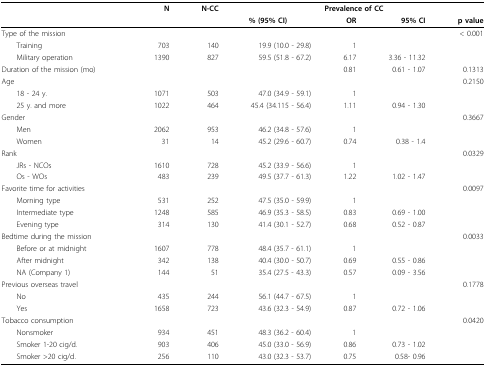
<table><thead><tr><td></td><td><b>N</b></td><td><b>N-CC</b></td><td colspan="4"><b>Prevalence of CC</b></td></tr><tr><td></td><td></td><td></td><td><b>% (95% CI)</b></td><td><b>OR</b></td><td><b>95% CI</b></td><td><b>p value</b></td></tr></thead><tbody><tr><td>Type of the mission</td><td></td><td></td><td></td><td></td><td></td><td>&lt; 0.001</td></tr><tr><td> Training</td><td>703</td><td>140</td><td>19.9 (10.0 - 29.8)</td><td>1</td><td></td><td></td></tr><tr><td> Military operation</td><td>1390</td><td>827</td><td>59.5 (51.8 - 67.2)</td><td>6.17</td><td>3.36 - 11.32</td><td></td></tr><tr><td>Duration of the mission (mo)</td><td></td><td></td><td></td><td>0.81</td><td>0.61 - 1.07</td><td>0.1313</td></tr><tr><td>Age</td><td></td><td></td><td></td><td></td><td></td><td>0.2150</td></tr><tr><td> 18 - 24 y.</td><td>1071</td><td>503</td><td>47.0 (34.9 - 59.1)</td><td>1</td><td></td><td></td></tr><tr><td> 25 y. and more</td><td>1022</td><td>464</td><td>45.4 (34.115 - 56.4)</td><td>1.11</td><td>0.94 - 1.30</td><td></td></tr><tr><td>Gender</td><td></td><td></td><td></td><td></td><td></td><td>0.3667</td></tr><tr><td> Men</td><td>2062</td><td>953</td><td>46.2 (34.8 - 57.6)</td><td>1</td><td></td><td></td></tr><tr><td> Women</td><td>31</td><td>14</td><td>45.2 (29.6 - 60.7)</td><td>0.74</td><td>0.38 - 1.4</td><td></td></tr><tr><td>Rank</td><td></td><td></td><td></td><td></td><td></td><td>0.0329</td></tr><tr><td> JRs - NCOs</td><td>1610</td><td>728</td><td>45.2 (33.9 - 56.6)</td><td>1</td><td></td><td></td></tr><tr><td> Os - WOs</td><td>483</td><td>239</td><td>49.5 (37.7 - 61.3)</td><td>1.22</td><td>1.02 - 1.47</td><td></td></tr><tr><td>Favorite time for activities</td><td></td><td></td><td></td><td></td><td></td><td>0.0097</td></tr><tr><td> Morning type</td><td>531</td><td>252</td><td>47.5 (35.0 - 59.9)</td><td>1</td><td></td><td></td></tr><tr><td> Intermediate type</td><td>1248</td><td>585</td><td>46.9 (35.3 - 58.5)</td><td>0.83</td><td>0.69 - 1.00</td><td></td></tr><tr><td> Evening type</td><td>314</td><td>130</td><td>41.4 (30.1 - 52.7)</td><td>0.68</td><td>0.52 - 0.87</td><td></td></tr><tr><td>Bedtime during the mission</td><td></td><td></td><td></td><td></td><td></td><td>0.0033</td></tr><tr><td> Before or at midnight</td><td>1607</td><td>778</td><td>48.4 (35.7 - 61.1)</td><td>1</td><td></td><td></td></tr><tr><td> After midnight</td><td>342</td><td>138</td><td>40.4 (30.0 - 50.7)</td><td>0.69</td><td>0.55 - 0.86</td><td></td></tr><tr><td> NA (Company 1)</td><td>144</td><td>51</td><td>35.4 (27.5 - 43.3)</td><td>0.57</td><td>0.09 - 3.56</td><td></td></tr><tr><td>Previous overseas travel</td><td></td><td></td><td></td><td></td><td></td><td>0.1778</td></tr><tr><td> No</td><td>435</td><td>244</td><td>56.1 (44.7 - 67.5)</td><td>1</td><td></td><td></td></tr><tr><td> Yes</td><td>1658</td><td>723</td><td>43.6 (32.3 - 54.9)</td><td>0.87</td><td>0.72 - 1.06</td><td></td></tr><tr><td>Tobacco consumption</td><td></td><td></td><td></td><td></td><td></td><td>0.0420</td></tr><tr><td> Nonsmoker</td><td>934</td><td>451</td><td>48.3 (36.2 - 60.4)</td><td>1</td><td></td><td></td></tr><tr><td> Smoker 1-20 cig/d.</td><td>903</td><td>406</td><td>45.0 (33.0 - 56.9)</td><td>0.86</td><td>0.73 - 1.02</td><td></td></tr><tr><td> Smoker &gt;20 cig/d.</td><td>256</td><td>110</td><td>43.0 (32.3 - 53.7)</td><td>0.75</td><td>0.58- 0.96</td><td></td></tr></tbody></table>